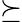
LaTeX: \succeq